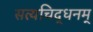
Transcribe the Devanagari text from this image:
सत्यचिद्धनम्